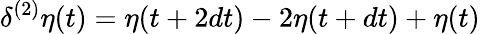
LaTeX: \delta^{(2)}\eta(t)=\eta(t+2dt)-2\eta(t+dt)+\eta(t)